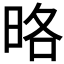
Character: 𭥵